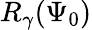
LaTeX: R_{\gamma}(\Psi_{0})